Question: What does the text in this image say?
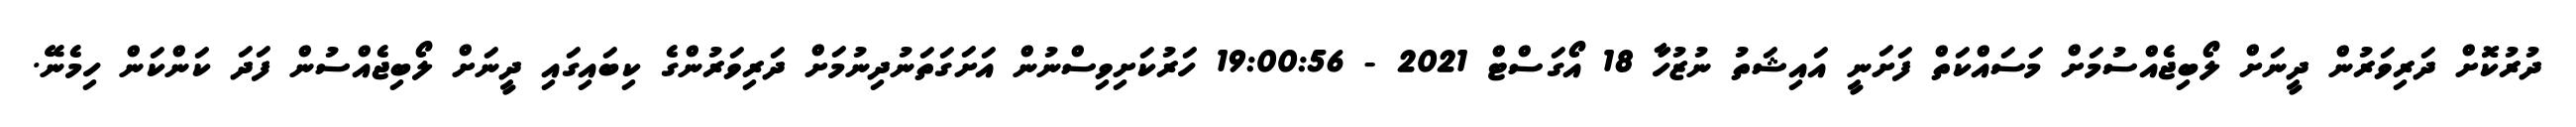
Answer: ދުރުކޮށް ދަރިވަރުން ދީނަށް ލޯބިޖެއްސުމަށް މަސައްކަތް ފަށަނީ އައިޝަތު ނުޒުހާ 18 އޯގަސްޓް 2021 - 19:00:56 ހަރުކަށިވިސްނުން އަށަގަތަނުދިނުމަށް ދަރިވަރުންގެ ކިބައިގައި ދީނަށް ލޯބިޖެއްސުން ފަދަ ކަންކަން ހިމެނޭ.